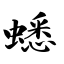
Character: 蟋